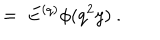
\ = \ E ^ { ( q ) } \phi ( q ^ { 2 } y ) \ .